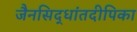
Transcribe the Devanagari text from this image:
जैनसिद्धांतदीपिका